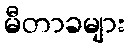
မီတာခများ